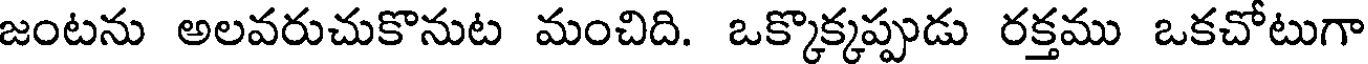
జంటను అలవరుచుకొనుట మంచిది. ఒక్కొక్కప్పుడు రక్తము ఒకచోటుగా